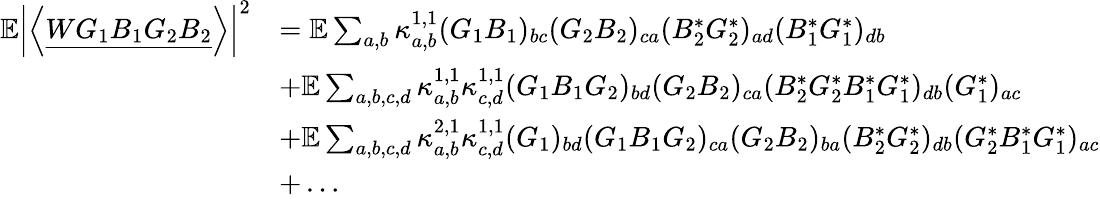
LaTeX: \begin{array}{rl}{\mathbb E\left|\left\langle{\underline{{WG_{1}B_{1}G_{2}B_{2}}}}\right\rangle\right|^{2}}&{=\mathbb E\sum_{a,b}\kappa_{a,b}^{1,1}(G_{1}B_{1})_{bc}(G_{2}B_{2})_{ca}(B_{2}^{*}G_{2}^{*})_{ad}(B_{1}^{*}G_{1}^{*})_{db}}\\ &{+\mathbb E\sum_{a,b,c,d}\kappa_{a,b}^{1,1}\kappa_{c,d}^{1,1}(G_{1}B_{1}G_{2})_{bd}(G_{2}B_{2})_{ca}(B_{2}^{*}G_{2}^{*}B_{1}^{*}G_{1}^{*})_{db}(G_{1}^{*})_{ac}}\\ &{+\mathbb E\sum_{a,b,c,d}\kappa_{a,b}^{2,1}\kappa_{c,d}^{1,1}(G_{1})_{bd}(G_{1}B_{1}G_{2})_{ca}(G_{2}B_{2})_{ba}(B_{2}^{*}G_{2}^{*})_{db}(G_{2}^{*}B_{1}^{*}G_{1}^{*})_{ac}}\\ &{+\ldots}\end{array}